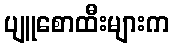
ပျူစောထီးများက